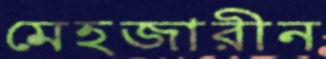
মেহজারীন